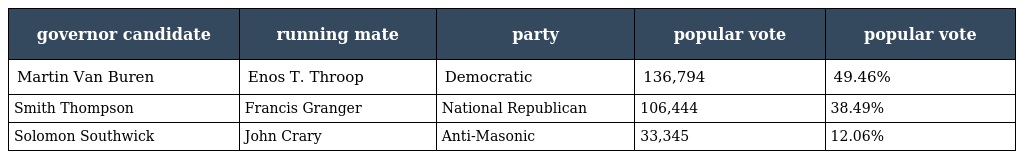
| governor candidate | running mate | party | popular vote | popular vote |
 | --- | --- | --- | --- | --- |
 | Martin Van Buren | Enos T. Throop | Democratic | 136,794 | 49.46% |
 | Smith Thompson | Francis Granger | National Republican | 106,444 | 38.49% |
 | Solomon Southwick | John Crary | Anti-Masonic | 33,345 | 12.06% |